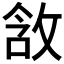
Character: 𫾵